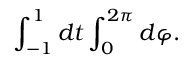
\int _ { - 1 } ^ { 1 } d t \int _ { 0 } ^ { 2 \pi } d \varphi .